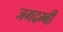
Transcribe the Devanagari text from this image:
जगदम्बी